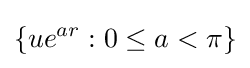
\lbrace ue^{ar}:0\leq a<\pi \rbrace